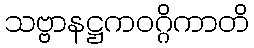
သဗ္ဗာနဋ္ဌကဝဂ္ဂိကာတိ